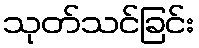
သုတ်သင်ခြင်း